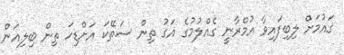
ޤައުމަށް ލިބިފައިވާ އުމްރާނީ ގެއްލުމުގެ އަގު ތިން ސަތޭކަ އަށްޑިހަ ތިން ބިލިއަން